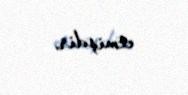
etmişdir.